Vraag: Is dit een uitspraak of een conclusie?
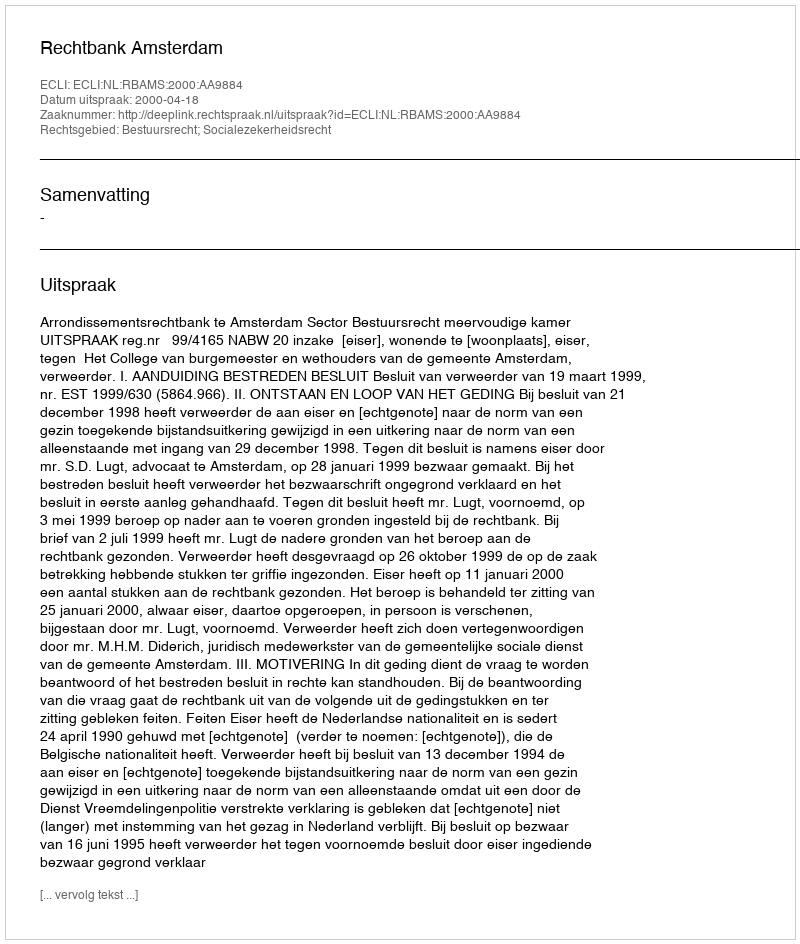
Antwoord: Uitspraak